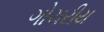
ગોચરીય